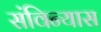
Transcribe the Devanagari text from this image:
संविन्यास